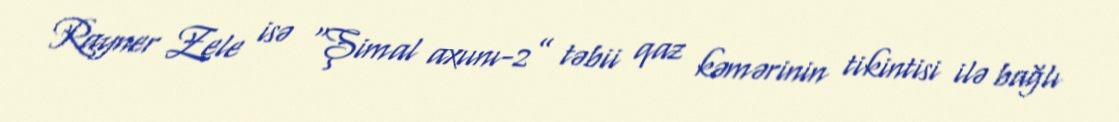
Rayner Zele isə “Şimal axıını-2” təbii qaz kəmərinin tikintisi ilə bağlı